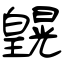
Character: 皩